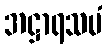
အဋ္ဌာရသမံ